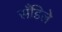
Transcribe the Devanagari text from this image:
सँडिले